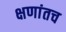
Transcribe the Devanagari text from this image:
क्षणांतच